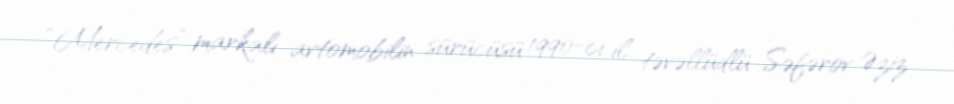
“Mercedes” markalı avtomobilin sürücüsü 1990-cı il təvəllüdlü Səfərov Əziz